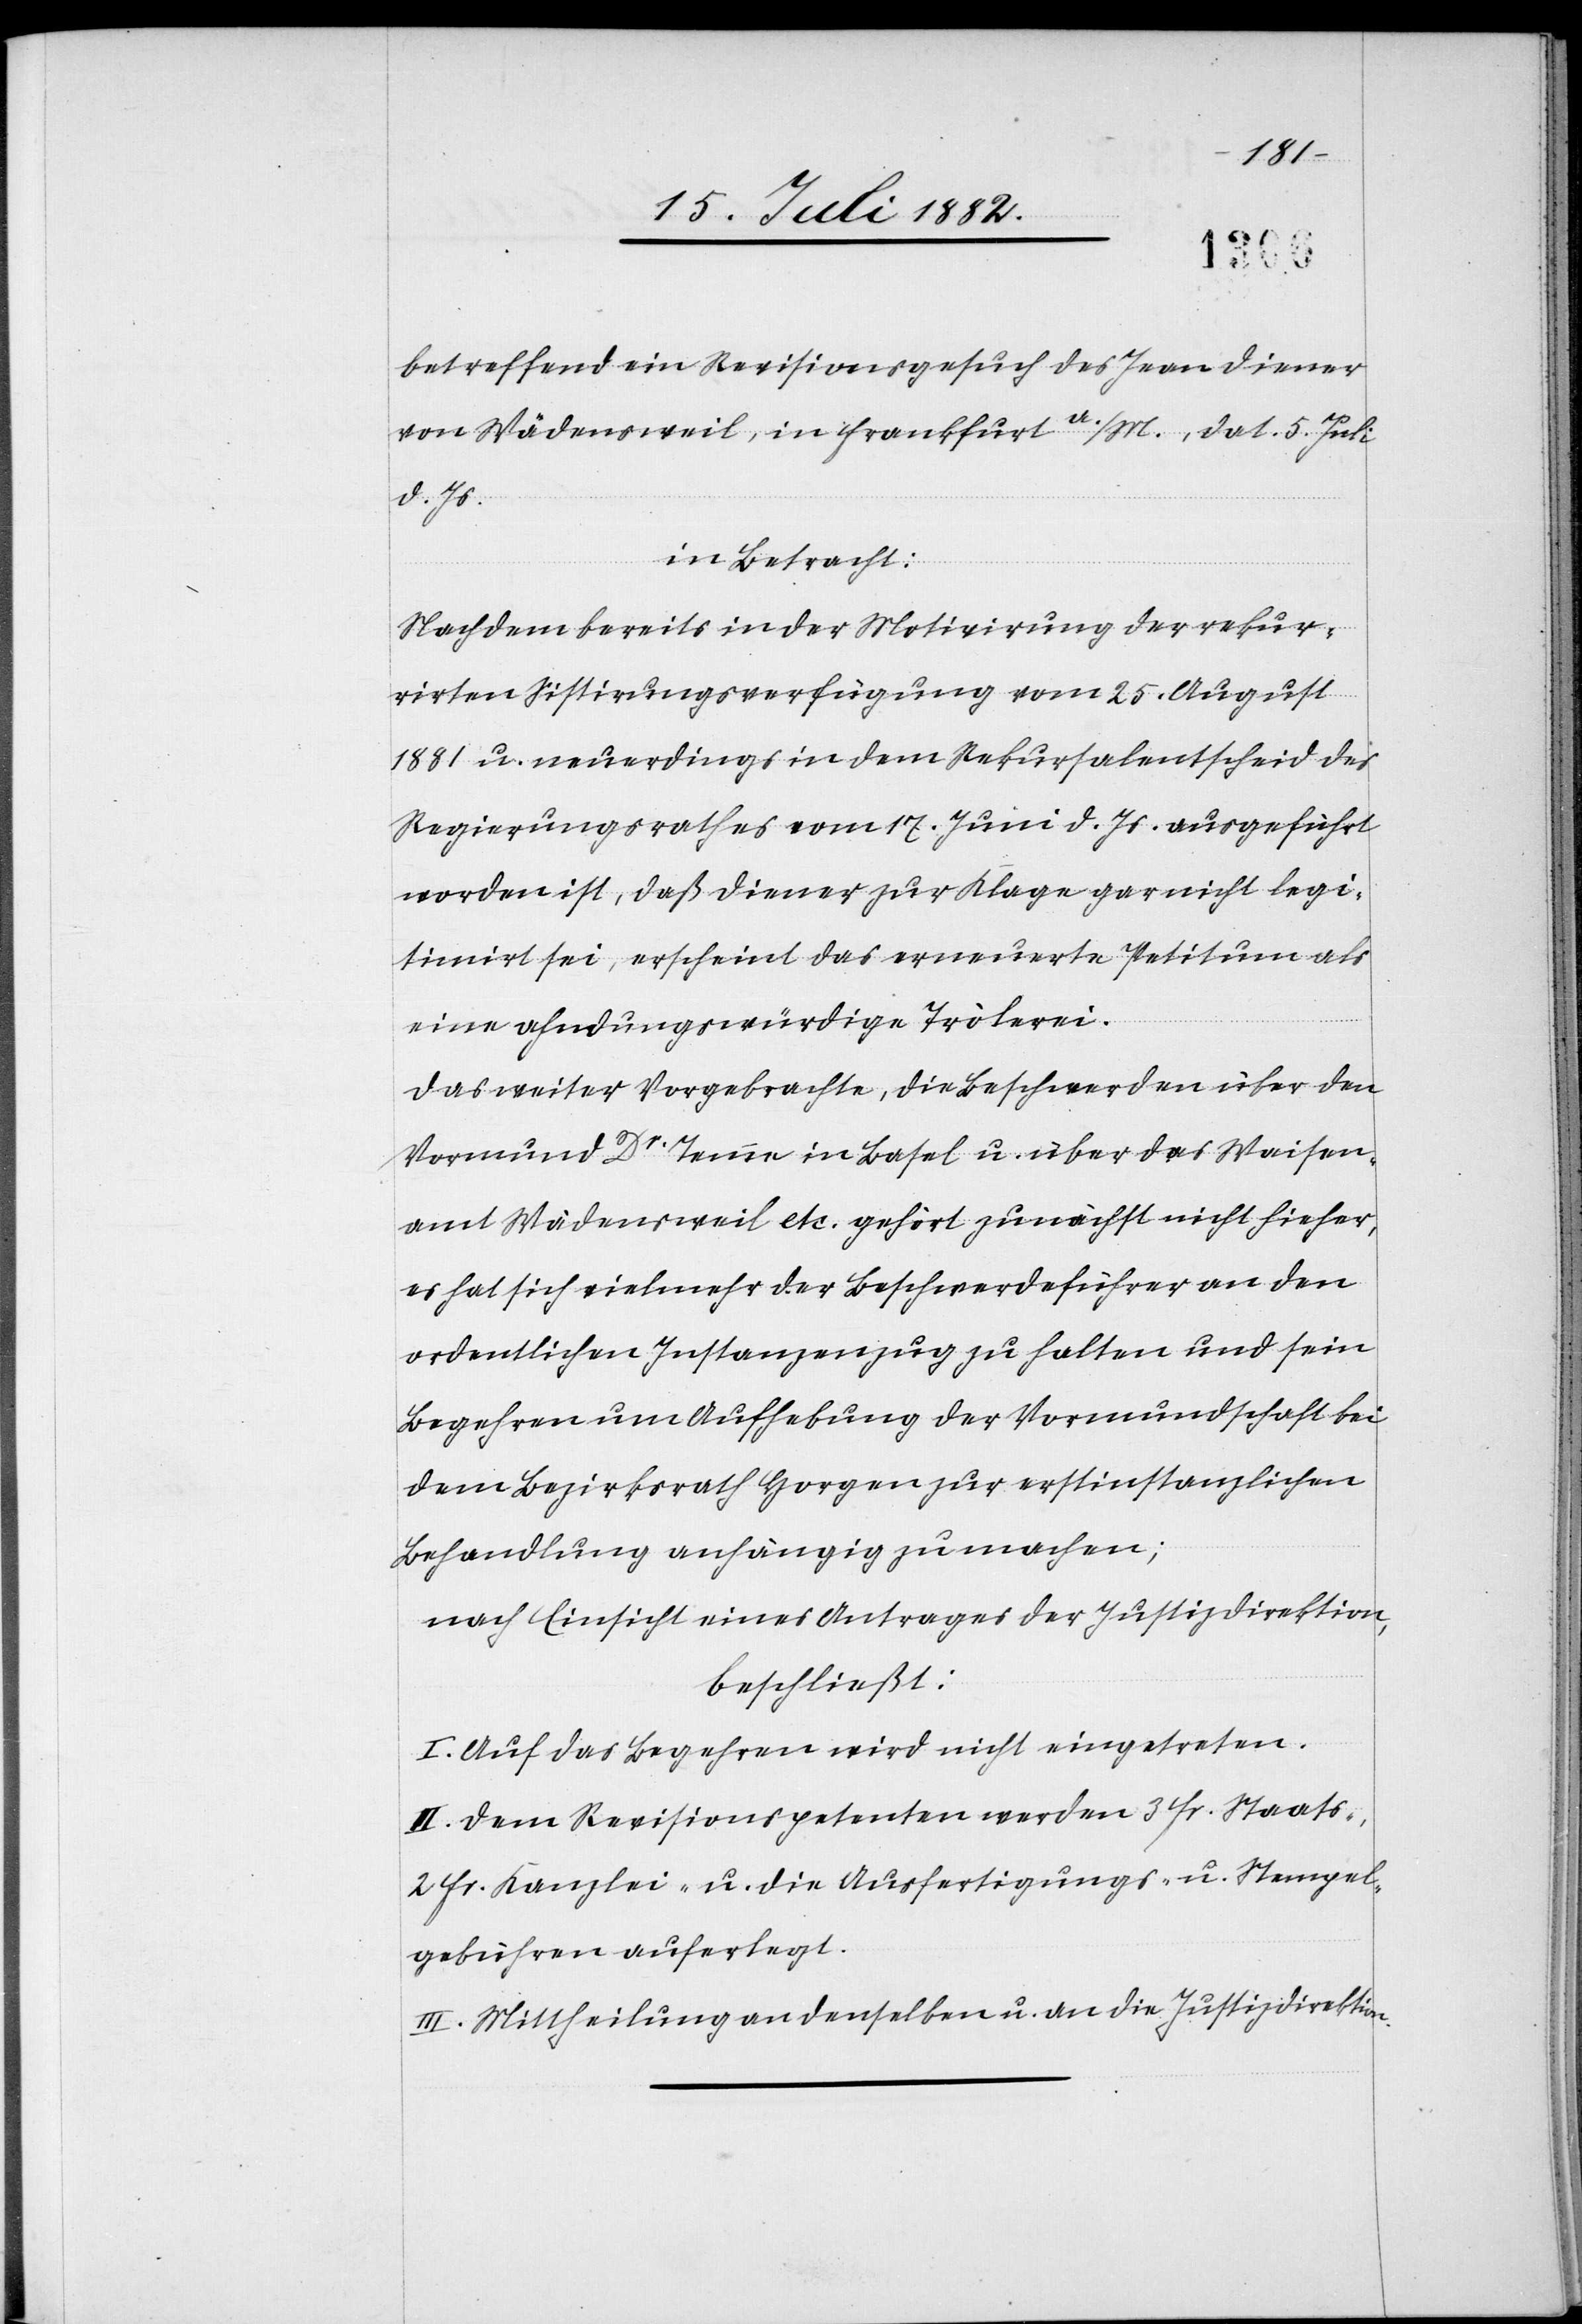
betreffend ein Revisionsgesuch des Jean Diener
von Wädensweil, in Frankfurt a./M., dat. 5. Juli
d. Js.
in Betracht:
Nachdem bereits in der Motivirung der rekur¬
rirten Sistirungsverfügung vom 25. August
1881 u. neuerdings in dem Rekursalentscheid des
Regierungsrathes vom 17. Juni d. Js. ausgeführt
worden ist, daß Diener zur Klage gar nicht legi¬
timirt sei, erscheint das erneuerte Petitum als
eine ahndungswürdige Trölerei.
Das weiter Vorgebrachte, die Beschwerden über den
Vormund Dr Tenne in Basel u. über das Waisen¬
amt Wädensweil etc. gehört zunächst nicht hieher,
es hat sich vielmehr der Beschwerdeführer an den
ordentlichen Instanzenzug zu halten und sein
Begehren um Aufhebung der Vormundschaft bei
dem Bezirksrath Horgen zur erstinstanzlichen
Behandlung anhängig zu machen;
nach Einsicht eines Antrages der Justizdirektion,
beschließt:
I. Auf das Begehren wird nicht eingetreten.
II. Dem Revisionspetenten werden 3 Fr. Staats-
2 Fr. Kanzlei- u. die Ausfertigungs- u. Stempel¬
gebühren auferlegt.
III. Mittheilung an denselben u. an die Justizdirektion.